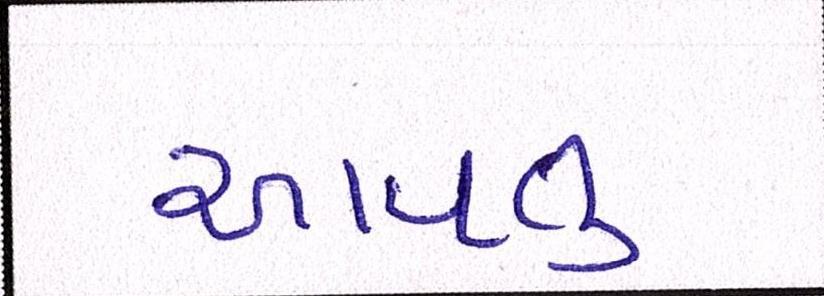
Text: આવતુ